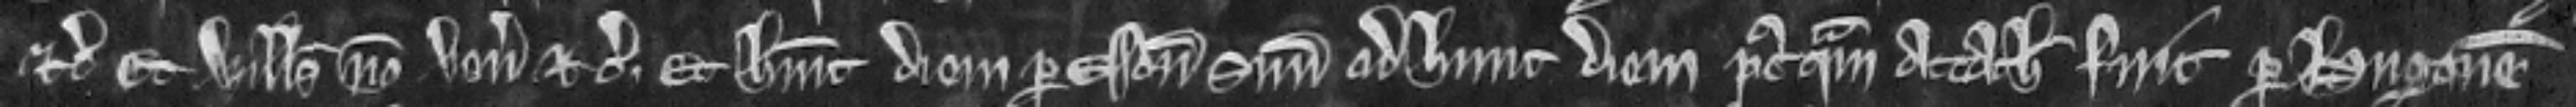
etc. Et Willelmus non venit etc. Et habuit diem per essoniatorem suum ad hunc diem post quam attachiatus fuit per Hugonem